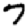
Digit: 7